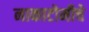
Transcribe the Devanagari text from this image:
नाकाटोमीचे